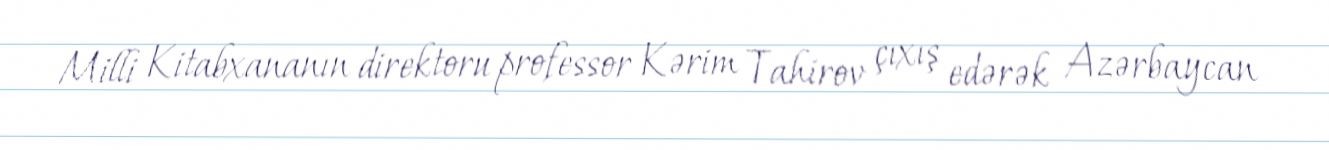
Milli Kitabxananın direktoru professor Kərim Tahirov çıxış edərək Azərbaycan